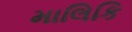
માલિકિ